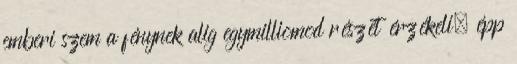
emberi szem a fénynek alig egymilliomod részét érzékeli, épp